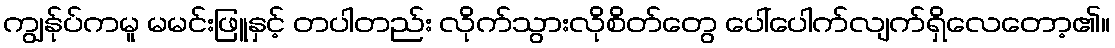
ကျွန်ုပ်ကမူ မမင်းဖြူနှင့် တပါတည်း လိုက်သွားလိုစိတ်တွေ ပေါ်ပေါက်လျက်ရှိလေတော့၏။